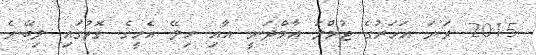
2015 ވަނަ އަހަރުގެ ޖުމްލަ އާމްދަނީ އާއި ހިލޭ އެހީގެ ގޮތުގައި ލިބޭނެ